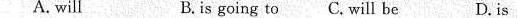
A. will B. is going to C. Will be D. is